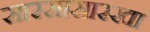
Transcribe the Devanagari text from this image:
सारसासारखा